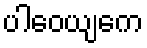
ပါဝေယျကေ